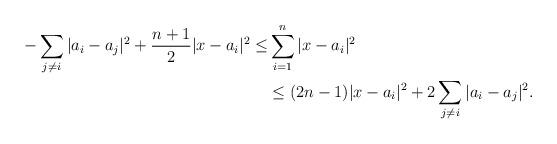
LaTeX: \begin{align*}-\sum_{j\ne i}|a_i-a_j|^2+\frac{n+1}{2}|x-a_i|^2\le & \sum_{i=1}^n|x-a_i|^2\\ &\le(2n-1)|x-a_i|^2+2\sum_{j\ne i}|a_i-a_j|^2.\end{align*}